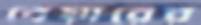
বেয়ারের